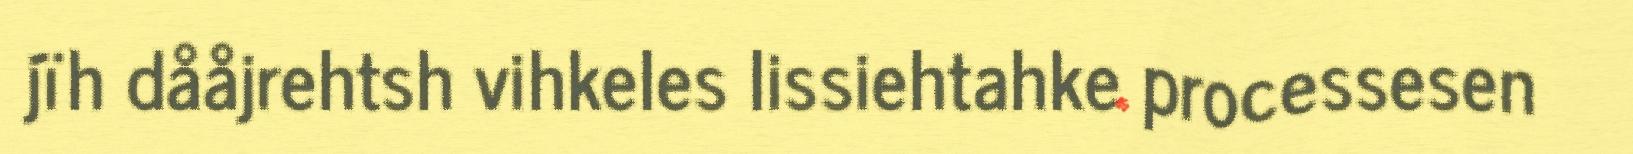
jïh dååjrehtsh vihkeles lissiehtahke processesen